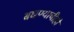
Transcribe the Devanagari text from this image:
बघण्याचीही